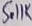
Text: 5.11K